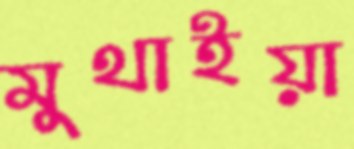
মুথাইয়া